Civil Veterinary Department. Madras. Admin. report 1910-25 - 1910-1925
Year: 1910
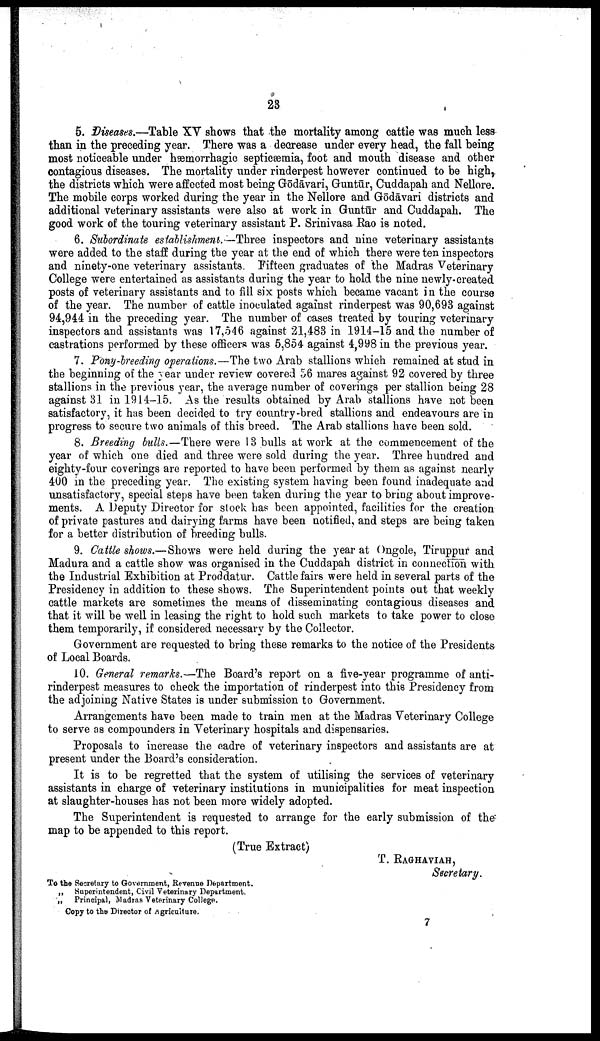
23
5. Diseases.—Table XV shows that the mortality among cattle was much less
than in the preceding year. There was a decrease under every head, the fall being
most noticeable under hæmorrhagic septicæmia, foot and mouth disease and other
contagious diseases. The mortality under rinderpest however continued to be high,
the districts which were affected most being Gōdāvari, Guntūr, Cuddapah and Nellore.
The mobile corps worked during the year in the Nellore and Gōdāvari districts and
additional veterinary assistants were also at work in Guntūr and Cuddapah. The
good work of the touring veterinary assistant P. Srinivasa Rao is noted.
6. Subordinate establishment.—Three inspectors and nine veterinary assistants
were added to the staff during the year at the end of which there were ten inspectors
and ninety-one veterinary assistants. Fifteen graduates of the Madras Veterinary
College were entertained as assistants during the year to hold the nine newly-created
posts of veterinary assistants and to fill six posts which became vacant in the course
of the year. The number of cattle inoculated against rinderpest was 90,693 against
94,944 in the preceding year. The number of cases treated by touring veterinary
inspectors and assistants was 17,546 against 21,483 in 1914-15 and the number of
castrations performed by these officers was 5,854 against 4,998 in the previous year.
7. Pony-breeding operations.—The two Arab stallions which remained at stud in
the beginning of the year under review covered 56 mares against 92 covered by three
stallions in the previous year, the average number of coverings per stallion being 28
against 31 in 1914-15. As the results obtained by Arab stallions have not been
satisfactory, it has been decided to try country-bred stallions and endeavours are in
progress to secure two animals of this breed. The Arab stallions have been sold.
8. Breeding bulls.—There were 13 bulls at work at the commencement of the
year of which one died and three were sold during the year. Three hundred and
eighty-four coverings are reported to have been performed by them as against nearly
400 in the preceding year. The existing system having been found inadequate and
unsatisfactory, special steps have been taken during the year to bring about improve
ments. A Deputy Director for stock has been appointed, facilities for the creation
of private pastures and dairying farms have been notified, and steps are being taken
for a better distribution of breeding bulls.
9. Cattle shows.—Shows were held during the year at Ongole, Tiruppur and
Madura and a cattle show was organised in the Cuddapah district in connection with
the Industrial Exhibition at Proddatur. Cattle fairs were held in several parts of the
Presidency in addition to these shows. The Superintendent points out that weekly
cattle markets are sometimes the means of disseminating contagious diseases and
that it will be well in leasing the right to hold such markets to take power to close
them temporarily, if considered necessary by the Collector.
Government are requested to bring these remarks to the notice of the Presidents
of Local Boards.
10. General remarks.—The Board's report on a five-year programme of anti-
rinderpest measures to check the importation of rinderpest into this Presidency from
the adjoining Native States is under submission to Government.
Arrangements have been made to train men at the Madras Veterinary College
to serve as compounders in Veterinary hospitals and dispensaries.
Proposals to increase the cadre of veterinary inspectors and assistants are at
present under the Board's consideration.
It is to be regretted that the system of utilising the services of veterinary
assistants in charge of veterinary institutions in municipalities for meat inspection
at slaughter-houses has not been more widely adopted.
The Superintendent is requested to arrange for the early submission of the
map to be appended to this report.
(True Extract)
T. RAGHAVIAH,
Secretary.
To the Secretary to Government, Revenue Department.
„
Superintendent, Civil Veterinary Department.
„ Principal, Madras Veterinary College.
Copy to the Director of Agriculture.
7